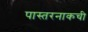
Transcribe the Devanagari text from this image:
पास्तरनाकची